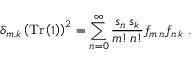
\delta _ { m , k } \left( \mathrm { T r } \left( 1 \right) \right) ^ { 2 } = \sum _ { n = 0 } ^ { \infty } \frac { s _ { n } \, s _ { k } } { m ! \, n ! } f _ { m \, n } f _ { n \, k } \ .